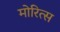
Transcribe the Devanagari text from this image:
मोरित्स